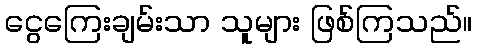
ငွေကြေးချမ်းသာ သူများ ဖြစ်ကြသည်။